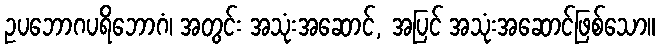
ဥပဘောဂပရိဘောဂံ၊ အတွင်း အသုံးအဆောင်, အပြင် အသုံးအဆောင်ဖြစ်သော။